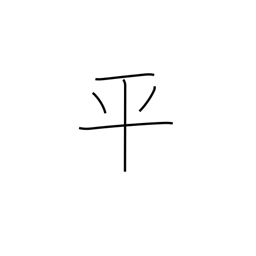
Meaning: even